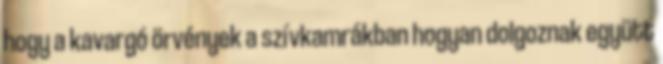
hogy a kavargó örvények a szívkamrákban hogyan dolgoznak együtt